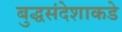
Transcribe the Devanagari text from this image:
बुद्धसंदेशाकडे